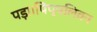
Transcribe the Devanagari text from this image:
पड़ा।पिप्पलिवन